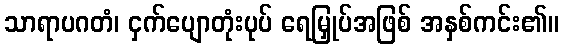
သာရာပဂတံ၊ ငှက်ပျောတုံးပုပ် ရေမြှုပ်အဖြစ် အနှစ်ကင်း၏။